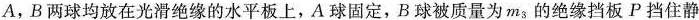
A，B两球均放在光滑绝缘的水平板上，A球固定，B球被质量为m_{3}的绝缘挡板P挡住静